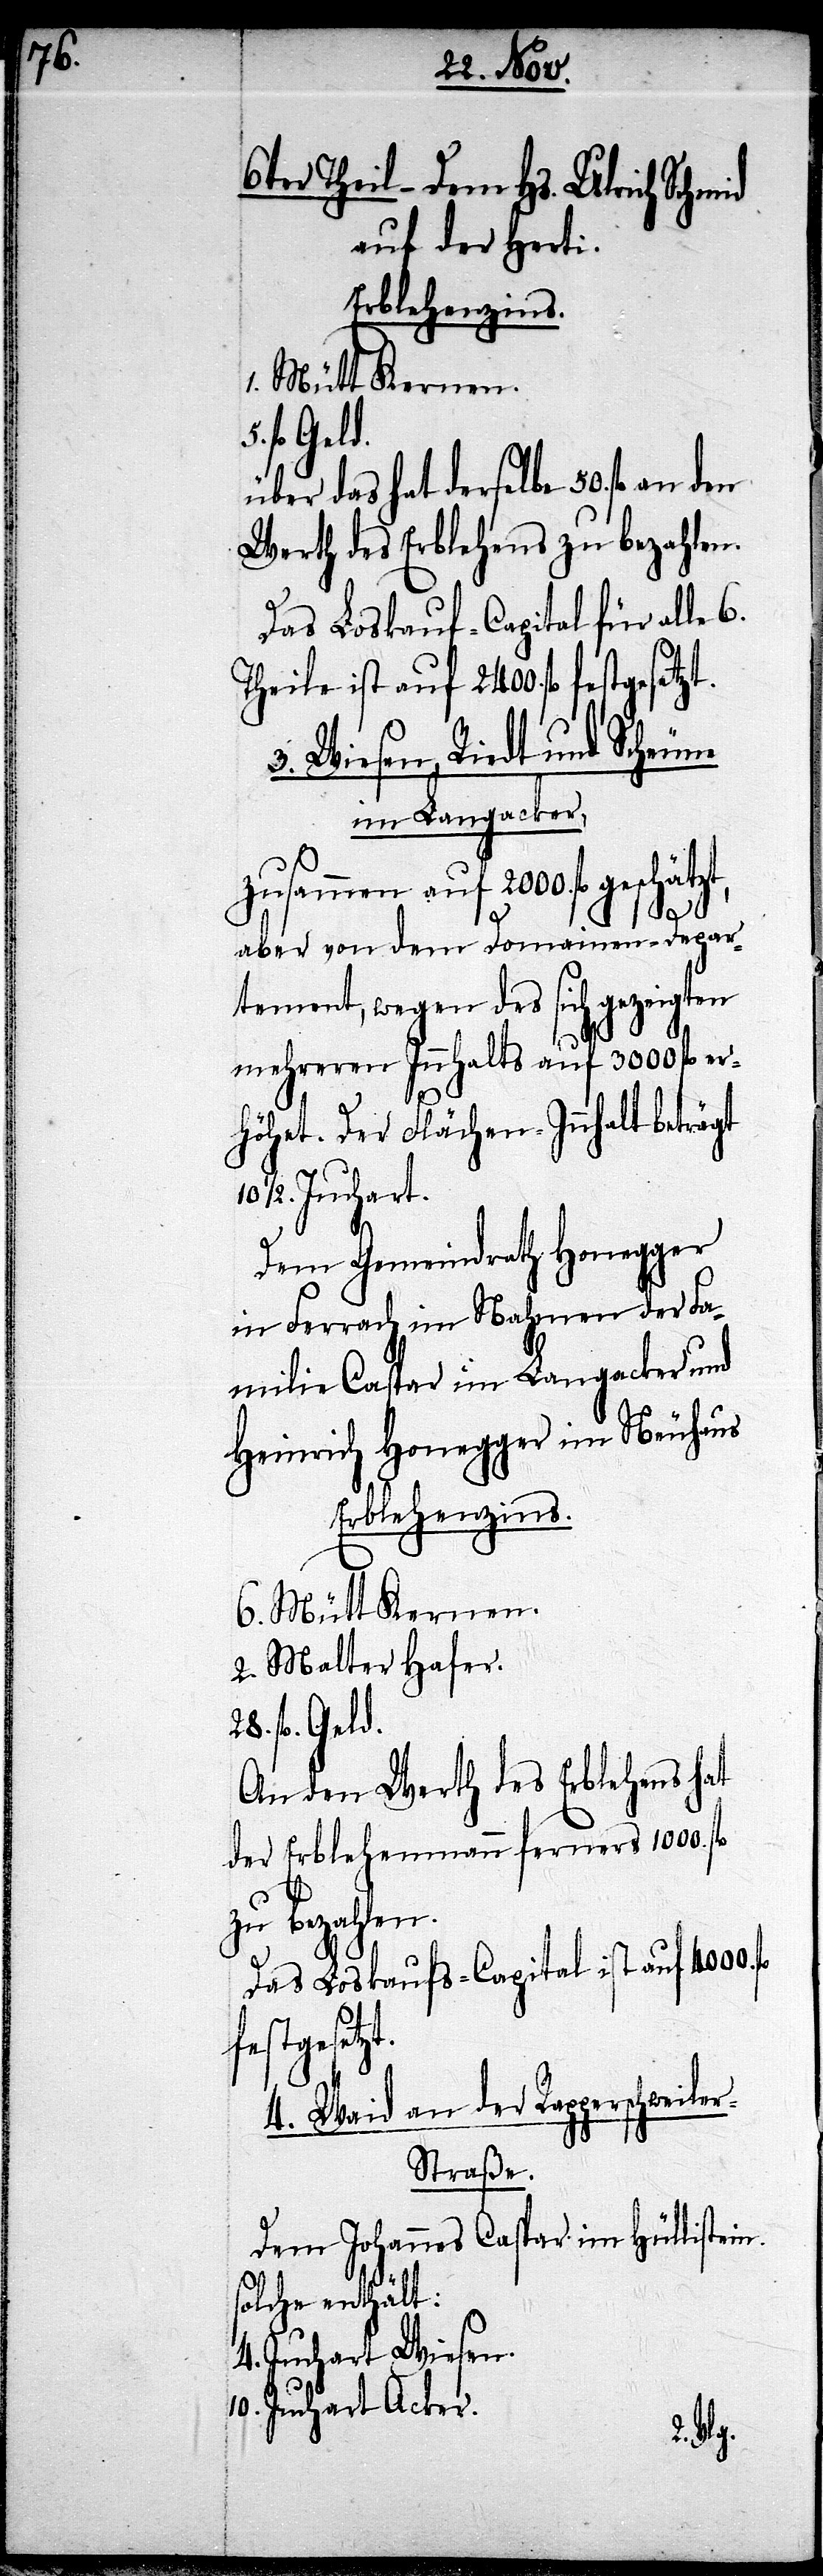
6ter Theil – Dem Hs. Ulrich Schmid
auf der Herti.
fl. Geld.
über das hat derselbe 50. fl. an
Werth des Erblehens zu bezahlen.
Das Loskauf-Capital für alle 6.
Theile ist auf 2400. fl. fest¬
3. Wiesen, Riedt und Scheune
im Langacker.
Zusammen auf 2000. fl.
fl.
aber von dem Domainen-Depar¬
tement, wegen des sich gezeigten
mehreren Innhalts auf 3000. fl. er¬
höhet. Der Flächen-Innhalt beträgt
1/2. Juchart.
Dem Gemeindrath Honegger
in Ferrach im Nahmen der Fa¬
milie Caspar im Langacker und
Heinrich Honegger im Neuhaus
Erblehenszins.
6. Mütt Kernen.
2. Malter Hafer.
An den Werth des Erblehens hat
der Erblehenmann ferners 1000.
festgesetzt.
4. Waid an der Rapperschweile¬
r-Straße.
Dem Johannes Caspar im Hüllistein.
solche enthält:
4. Juchart Wiesen.
10. Juchart Acker.